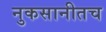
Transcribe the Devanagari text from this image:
नुकसानीतच